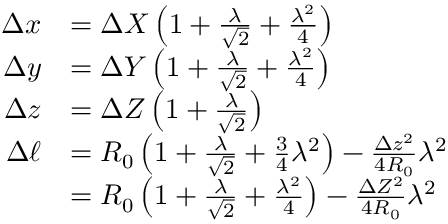
\begin{array} { r l } { \Delta x } & { = \Delta X \left( 1 + \frac { \lambda } { \sqrt { 2 } } + \frac { \lambda ^ { 2 } } { 4 } \right) } \\ { \Delta y } & { = \Delta Y \left( 1 + \frac { \lambda } { \sqrt { 2 } } + \frac { \lambda ^ { 2 } } { 4 } \right) } \\ { \Delta z } & { = \Delta Z \left( 1 + \frac { \lambda } { \sqrt { 2 } } \right) } \\ { \Delta \ell } & { = R _ { 0 } \left( 1 + \frac { \lambda } { \sqrt { 2 } } + \frac { 3 } { 4 } \lambda ^ { 2 } \right) - \frac { \Delta z ^ { 2 } } { 4 R _ { 0 } } \lambda ^ { 2 } } \\ & { = R _ { 0 } \left( 1 + \frac { \lambda } { \sqrt { 2 } } + \frac { \lambda ^ { 2 } } { 4 } \right) - \frac { \Delta Z ^ { 2 } } { 4 R _ { 0 } } \lambda ^ { 2 } } \end{array}